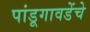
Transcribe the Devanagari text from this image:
पांडूगावडेंचे